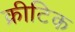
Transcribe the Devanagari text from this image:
क्रीटिक